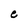
Character: e